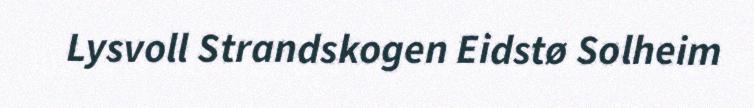
Lysvoll Strandskogen Eidstø Solheim